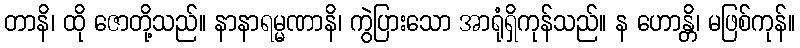
တာနိ၊ ထို ဇောတို့သည်။ နာနာရမ္မဏာနိ၊ ကွဲပြားသော အာရုံရှိကုန်သည်။ န ဟောန္တိ၊ မဖြစ်ကုန်။